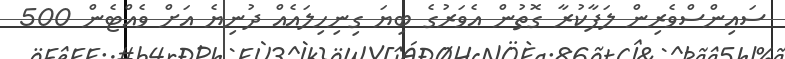
ސައިންސްވެރިން ލަފާކުރާ ގޮތުން އެވަރުގެ ބިޔަ ގިނިހިލައެއް ދުނިޔެ އަށް ވެއްޓެން 500